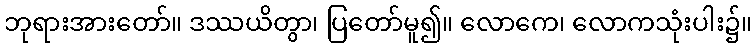
ဘုရားအားတော်။ ဒဿယိတွာ၊ ပြတော်မူ၍။ လောကေ၊ လောကသုံးပါး၌။